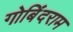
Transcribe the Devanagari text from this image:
गोबिंदराम